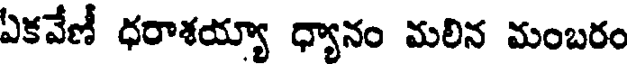
ఏకవేణీ ధరాశయ్యా ధ్యానం మలిన మంబరం